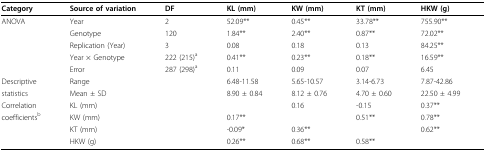
<table><thead><tr><td><b>Category</b></td><td><b>Source of variation</b></td><td><b>DF</b></td><td><b>KL (mm)</b></td><td><b>KW (mm)</b></td><td><b>KT (mm)</b></td><td><b>HKW (g)</b></td></tr></thead><tbody><tr><td>ANOVA</td><td>Year</td><td>2</td><td>52.09**</td><td>0.45**</td><td>33.78**</td><td>755.90**</td></tr><tr><td></td><td>Genotype</td><td>120</td><td>1.84**</td><td>2.40**</td><td>0.87**</td><td>72.02**</td></tr><tr><td></td><td>Replication (Year)</td><td>3</td><td>0.08</td><td>0.18</td><td>0.13</td><td>84.25**</td></tr><tr><td></td><td>Year × Genotype</td><td>222 (215)<sup>a</sup></td><td>0.41**</td><td>0.23**</td><td>0.18**</td><td>16.59**</td></tr><tr><td></td><td>Error</td><td>287 (298)<sup>a</sup></td><td>0.11</td><td>0.09</td><td>0.07</td><td>6.45</td></tr><tr><td>Descriptive</td><td>Range</td><td></td><td>6.48-11.58</td><td>5.65-10.57</td><td>3.14-6.73</td><td>7.87-42.86</td></tr><tr><td>statistics</td><td>Mean ± SD</td><td></td><td>8.90 ± 0.84</td><td>8.12 ± 0.76</td><td>4.70 ± 0.60</td><td>22.50 ± 4.99</td></tr><tr><td>Correlation</td><td>KL (mm)</td><td></td><td></td><td>0.16</td><td>-0.15</td><td>0.37**</td></tr><tr><td>coefficients<sup>b</sup></td><td>KW (mm)</td><td></td><td>0.17**</td><td></td><td>0.51**</td><td>0.78**</td></tr><tr><td></td><td>KT (mm)</td><td></td><td>-0.09*</td><td>0.36**</td><td></td><td>0.62**</td></tr><tr><td></td><td>HKW (g)</td><td></td><td>0.26**</td><td>0.68**</td><td>0.58**</td><td></td></tr></tbody></table>